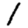
Digit: 1